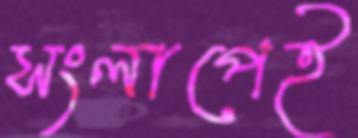
সংলাপেই